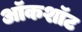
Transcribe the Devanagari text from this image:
ऑकशॉट